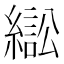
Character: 𦄸